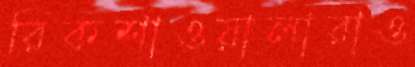
রিকশাওয়ালারাও